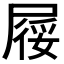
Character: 𡲾